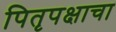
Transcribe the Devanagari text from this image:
पितृपक्षाचा